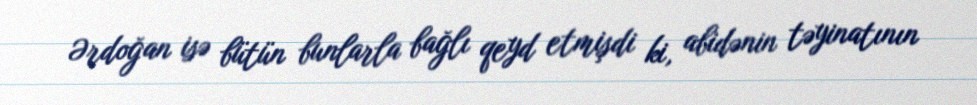
Ərdoğan isə bütün bunlarla bağlı qeyd etmişdi ki, abidənin təyinatının